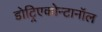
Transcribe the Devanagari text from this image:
डोट्रिएकोन्टानॉल